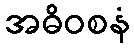
အဓိဝစနံ